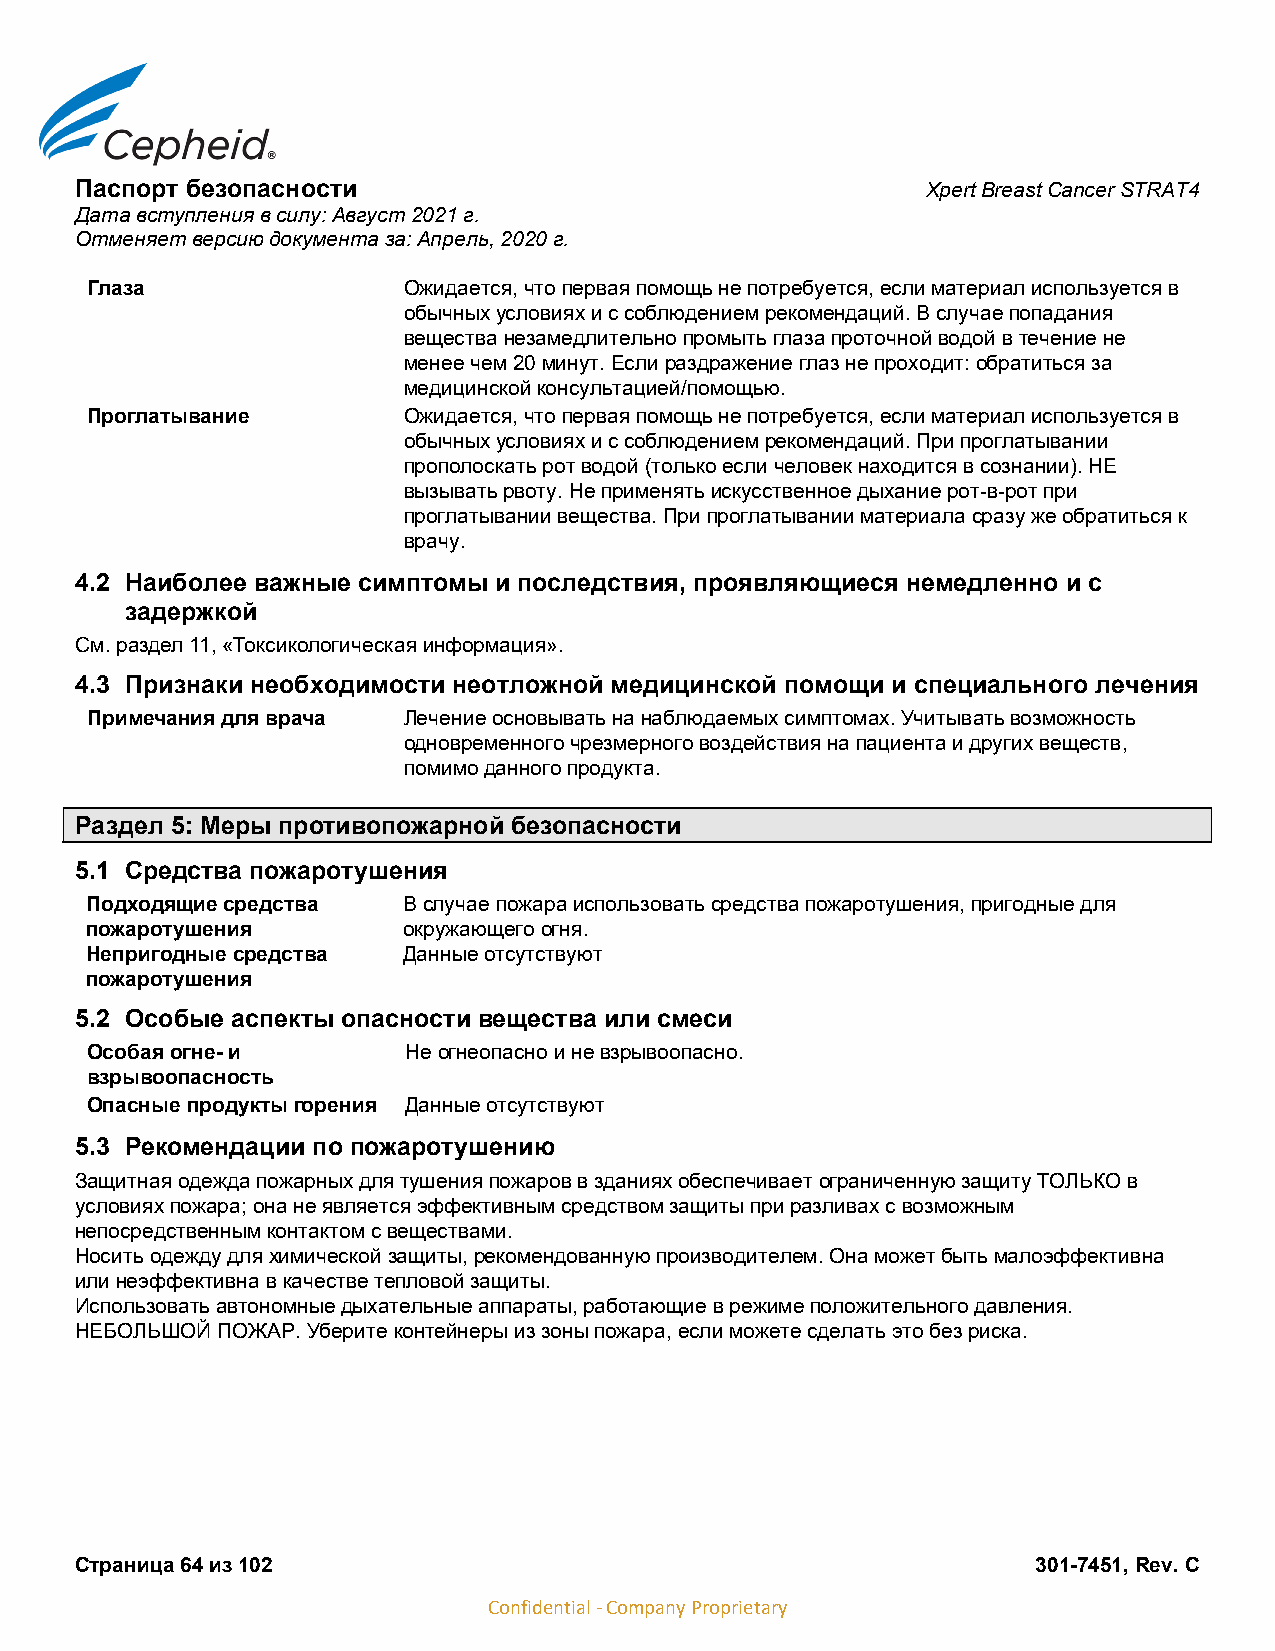
Паспорт безопасности                                    Xpert Breast Cancer STRAT4
 Дата вступления в силу: Август 2021 г.
 Отменяет версию документа за: Апрель, 2020 г.
 Глаза                Ожидается, что первая помощь не потребуется, если материал используется в
 обычных условиях и с соблюдением рекомендаций. В случае попадания
 вещества незамедлительно промыть глаза проточной водой в течение не
 менее чем 20 минут. Если раздражение глаз не проходит: обратиться за
 медицинской консультацией/помощью.
 Проглатывание        Ожидается, что первая помощь не потребуется, если материал используется в
 обычных условиях и с соблюдением рекомендаций. При проглатывании
 прополоскать рот водой (только если человек находится в сознании). НЕ
 вызывать рвоту. Не применять искусственное дыхание рот-в-рот при
 проглатывании вещества. При проглатывании материала сразу же обратиться к
 врачу.
 4.2 Наиболее важные симптомы и последствия, проявляющиеся немедленно и с
 задержкой
 См. раздел 11, «Токсикологическая информация».
 4.3 Признаки необходимости неотложной медицинской помощи и специального лечения
 Примечания для врача Лечение основывать на наблюдаемых симптомах. Учитывать возможность
 одновременного чрезмерного воздействия на пациента и других веществ,
 помимо данного продукта.
 Раздел 5: Меры противопожарной безопасности
 5.1 Средства пожаротушения
 Подходящие средства  В случае пожара использовать средства пожаротушения, пригодные для
 пожаротушения        окружающего огня.
 Непригодные средства Данные отсутствуют
 пожаротушения
 5.2 Особые аспекты опасности вещества или смеси
 Особая огне- и       Не огнеопасно и не взрывоопасно.
 взрывоопасность
 Опасные продукты горения Данные отсутствуют
 5.3 Рекомендации по пожаротушению
 Защитная одежда пожарных для тушения пожаров в зданиях обеспечивает ограниченную защиту ТОЛЬКО в
 условиях пожара; она не является эффективным средством защиты при разливах с возможным
 непосредственным контактом с веществами.
 Носить одежду для химической защиты, рекомендованную производителем. Она может быть малоэффективна
 или неэффективна в качестве тепловой защиты.
 Использовать автономные дыхательные аппараты, работающие в режиме положительного давления.
 НЕБОЛЬШОЙ ПОЖАР. Уберите контейнеры из зоны пожара, если можете сделать это без риска.
 Страница 64 из 102                                              301-7451, Rev. C
 Confidential - Company Proprietary